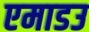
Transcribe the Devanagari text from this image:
एमाडउ